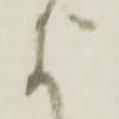
に